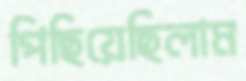
পিছিয়েছিলাম